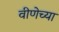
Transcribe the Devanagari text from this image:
वीणेच्या